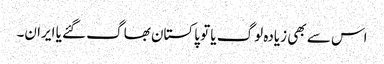
اس سے بھی زیادہ لوگ یا تو پاکستان بھاگ گئے یا ایران۔